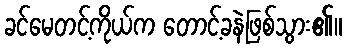
ခင်မေတင့်ကိုယ်က တောင့်ခနဲဖြစ်သွား၏။